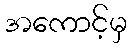
အကောင့်မှ